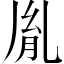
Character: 胤